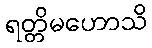
ရတ္တိမဟောသိ